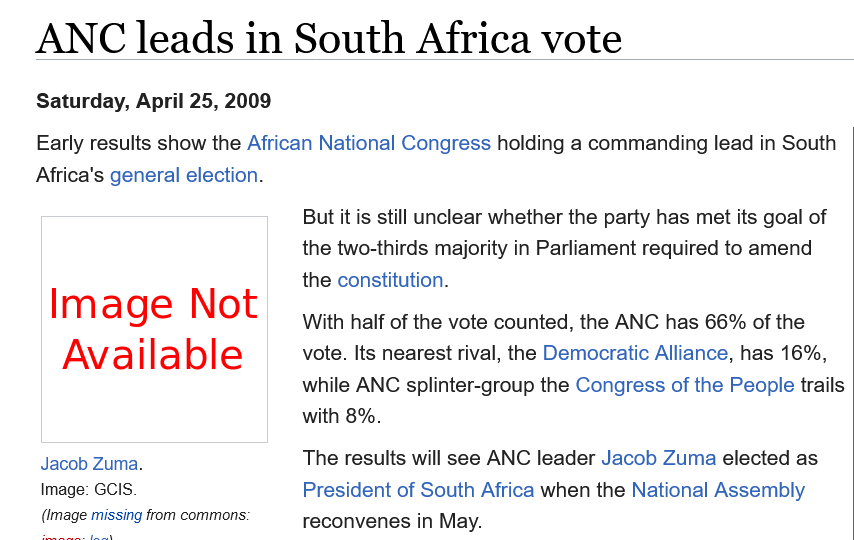
ANC  leads    in   South    Africa    vote
    Saturday, April 25, 2009
    Early results show the African National Congress holding a commanding lead in South
    Africa's general election.
     But it is still unclear whether the party has met its goal of
     the two-thirds majority in Parliament required to amend
     the constitution.
     With half of the vote counted, the ANC has 66% of the
     vote. Its nearest rival, the Democratic Alliance, has 16%,
     while ANC splinter-group the Congress of the People trails
     with 8%.
     The results will see ANC leader Jacob Zuma elected as
     President of South Africa when the National Assembly
     reconvenes in May.
     Image    Not
     Available
    Jacob Zuma.
    Image: GCIS.
    (Image missing from commons.